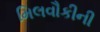
મિલવૌકીની